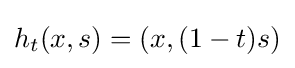
h_{t}(x,s)=(x,(1-t)s)